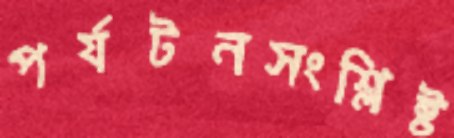
পর্যটনসংশ্লিষ্ট